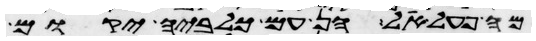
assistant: מה פעל אל הן עם כלביה יקום